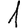
Digit: 1